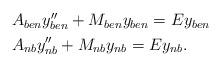
LaTeX: \begin{align*} \begin{aligned} & A_{ben}y''_{ben} +M_{ben}y_{ben}=Ey_{ben} \\ & A_{nb}y''_{nb} +M_{nb}y_{nb}=Ey_{nb}.\end{aligned}\end{align*}